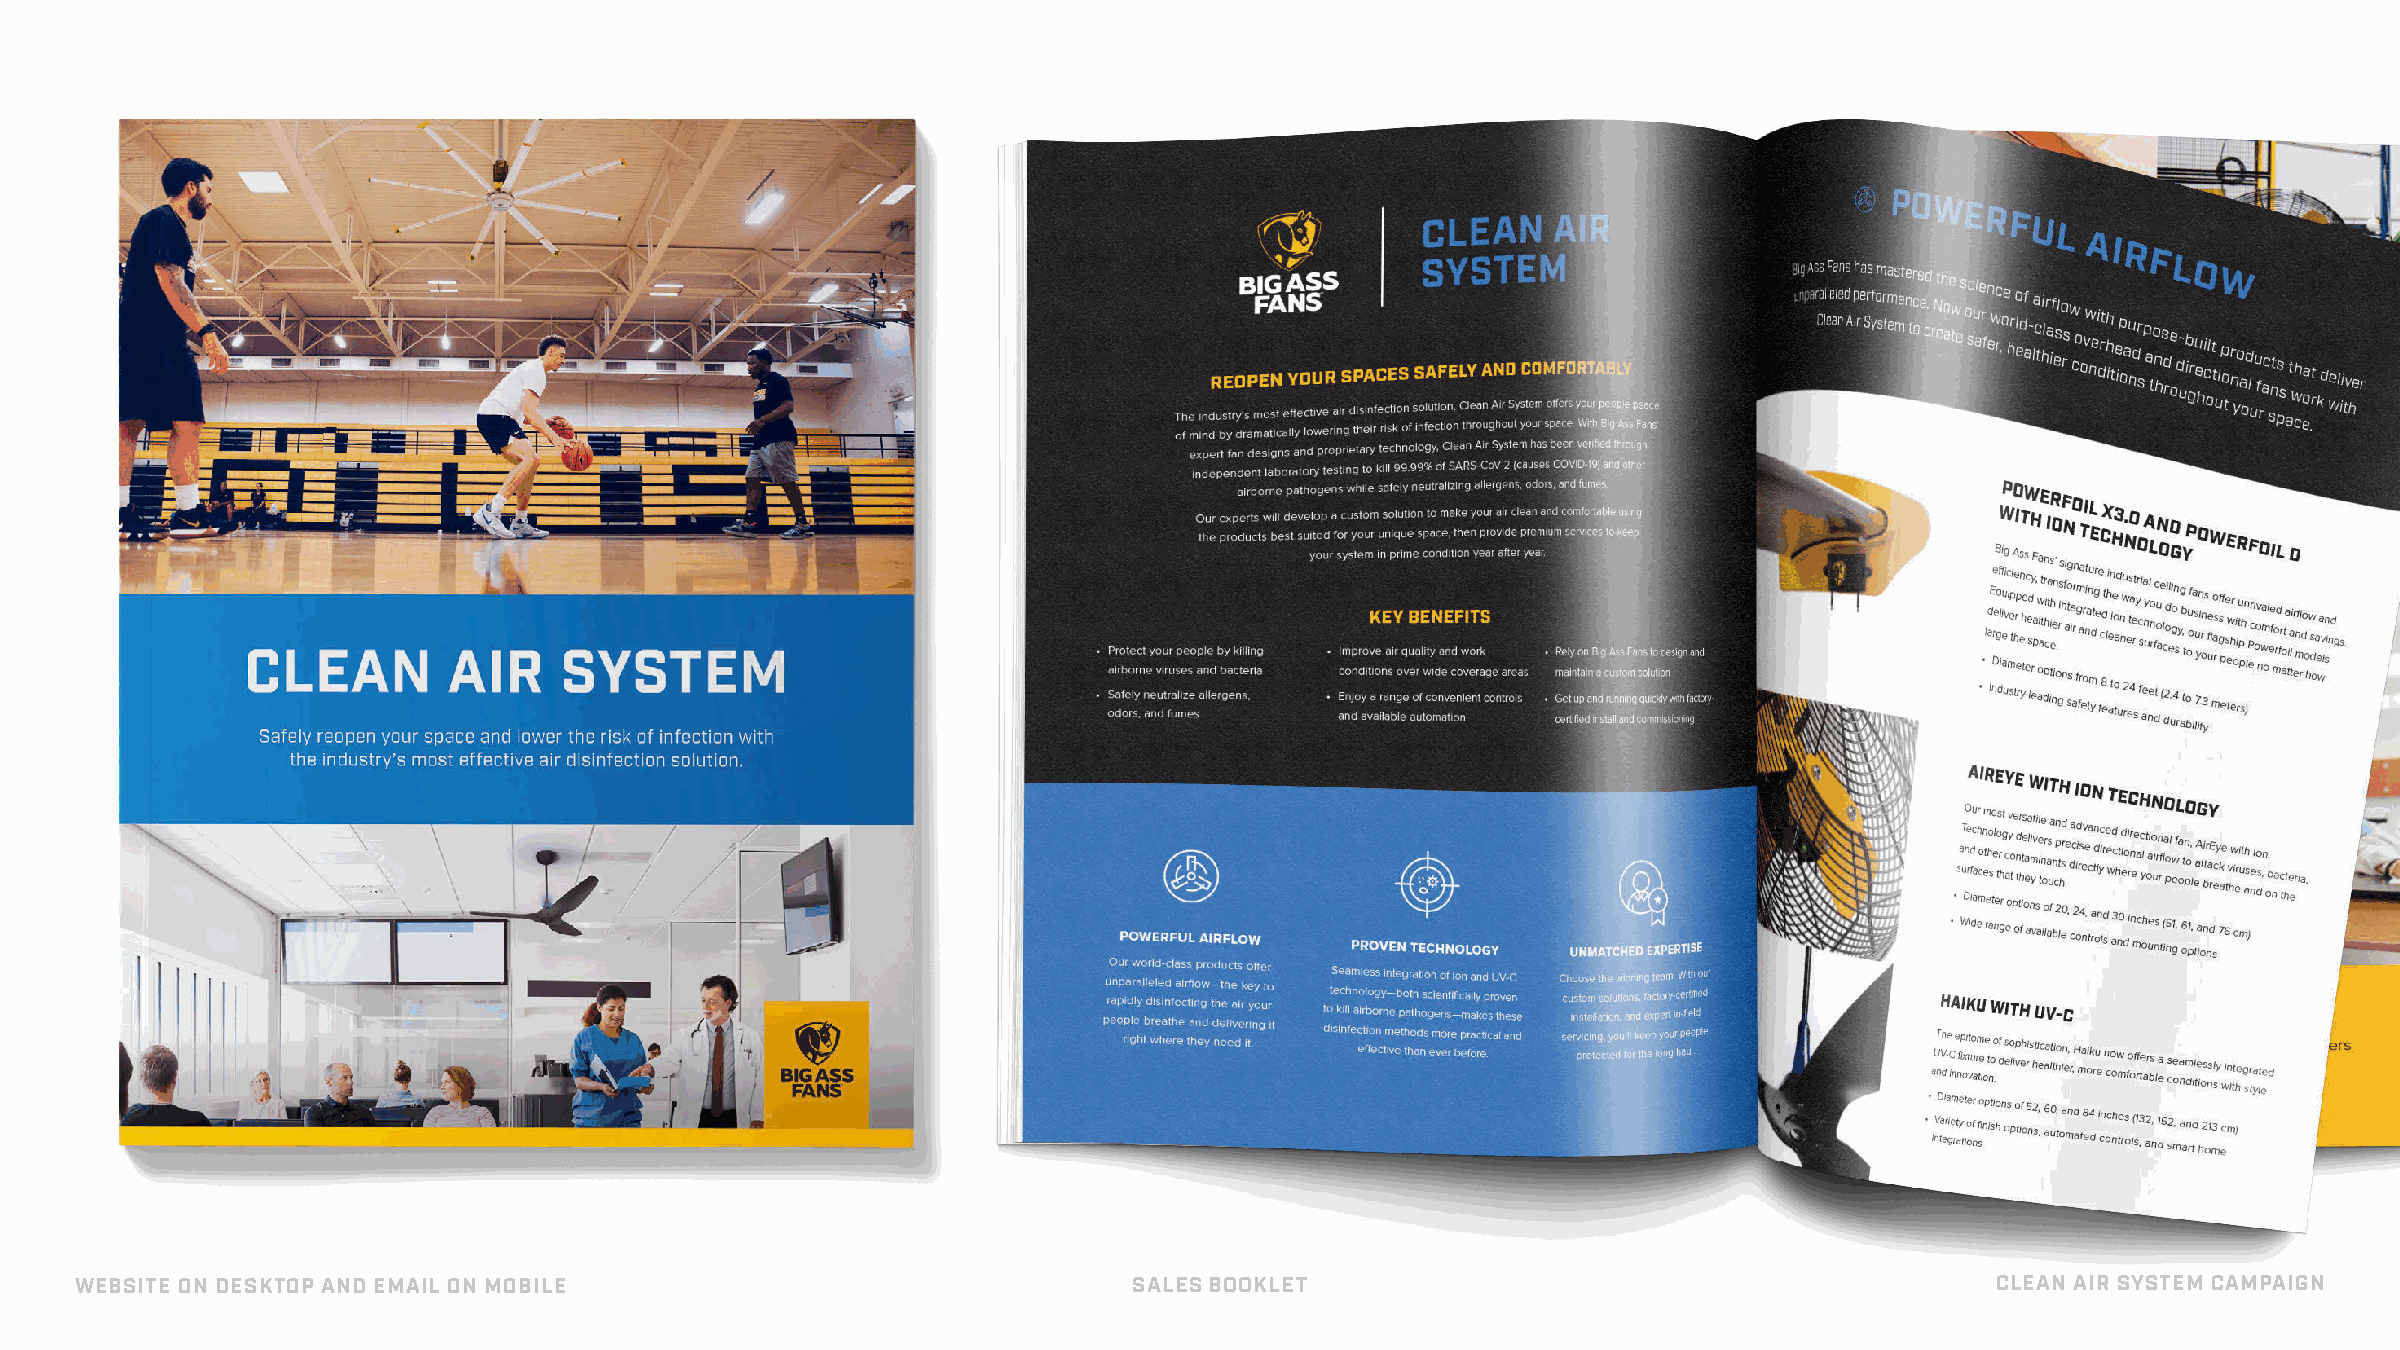
WEBSITE ON DESKTOP AND EMAIL ON MOBILE                                SALES BOOKLET                                            CLEAN AIR SYSTEM CAMPAIGN